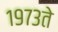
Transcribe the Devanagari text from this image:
१९७३ते